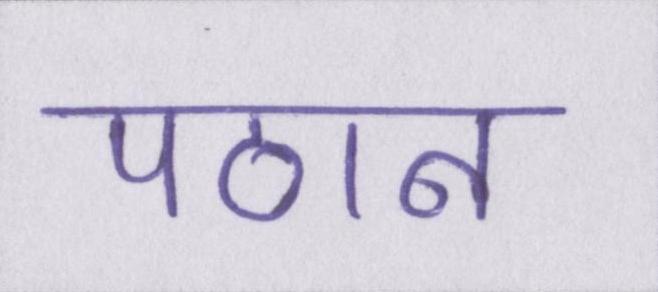
पठान